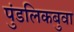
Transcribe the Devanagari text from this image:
पुंडलिकबुवा